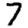
Digit: 7